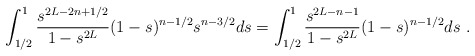
\begin{align*} \int_{1/2}^1 \frac{s^{2L-2n+1/2}}{1-s^{2L}} (1-s)^{n-1/2} s^{n-3/2} ds=\int_{1/2}^1 \frac{s^{2L-n-1}}{1-s^{2L}} (1-s)^{n-1/2} ds\ .\end{align*}